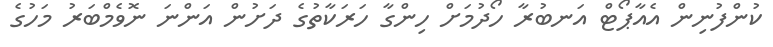
ކުންފުނިން އެއާޕޯޓް އަނބުރާ ހޯދުމަށް ހިންގާ ހަރަކާތުގެ ދަށުން އަންނަ ނޮވެމްބަރު މަހުގެ